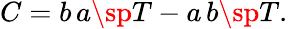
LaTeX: C=b\, a\sp{T}-a\, b\sp{T}.